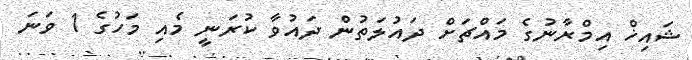
ޝައިޚް އިމްރާނުގެ މައްޗަށް ދައުލަތުން ދައުވާ ކުރަނީ މެއި މަހުގެ 1 ވަނަ